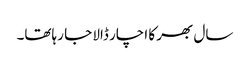
سال بھر کا اچار ڈالا جا رہاتھا۔